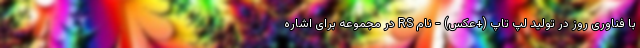
با فناوری روز در تولید لپ تاپ (+عکس) - نام RS در مجموعه برای اشاره